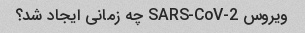
ویروس SARS-CoV-2 چه زمانی ایجاد شد؟